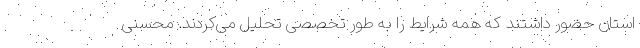
استان حضور داشتند که همه شرایط را به طور تخصصی تحلیل می‌کردند. محسنی